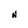
Character: N